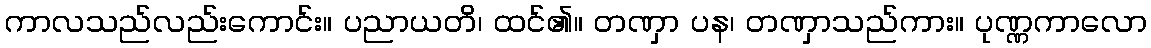
ကာလသည်လည်းကောင်း။ ပညာယတိ၊ ထင်၏။ တဏှာ ပန၊ တဏှာသည်ကား။ ပုဏ္ဏကာလော